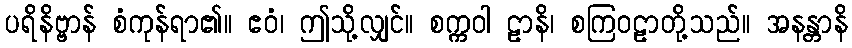
ပရိနိဗ္ဗာန် စံကုန်ရာ၏။ ဧဝံ၊ ဤသို့လျှင်။ စက္ကဝါ ဠာနိ၊ စကြဝဠာတို့သည်။ အနန္တာနိ